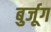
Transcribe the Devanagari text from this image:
बुर्जूग